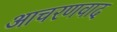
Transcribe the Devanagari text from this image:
आचरणवाद